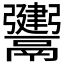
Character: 𩱤